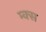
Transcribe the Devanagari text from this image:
म्क्स